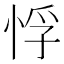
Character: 𭝂